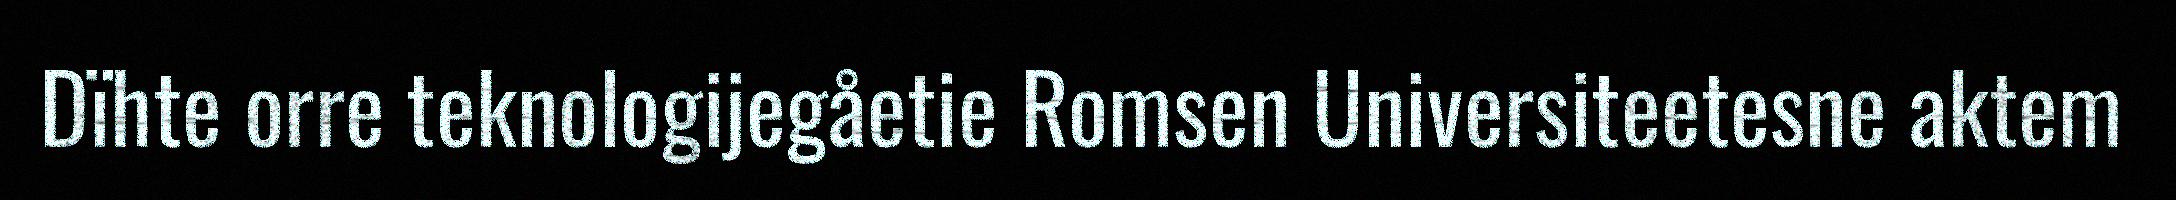
Dïhte orre teknologijegåetie Romsen Universiteetesne aktem